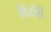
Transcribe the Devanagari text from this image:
थियेरी